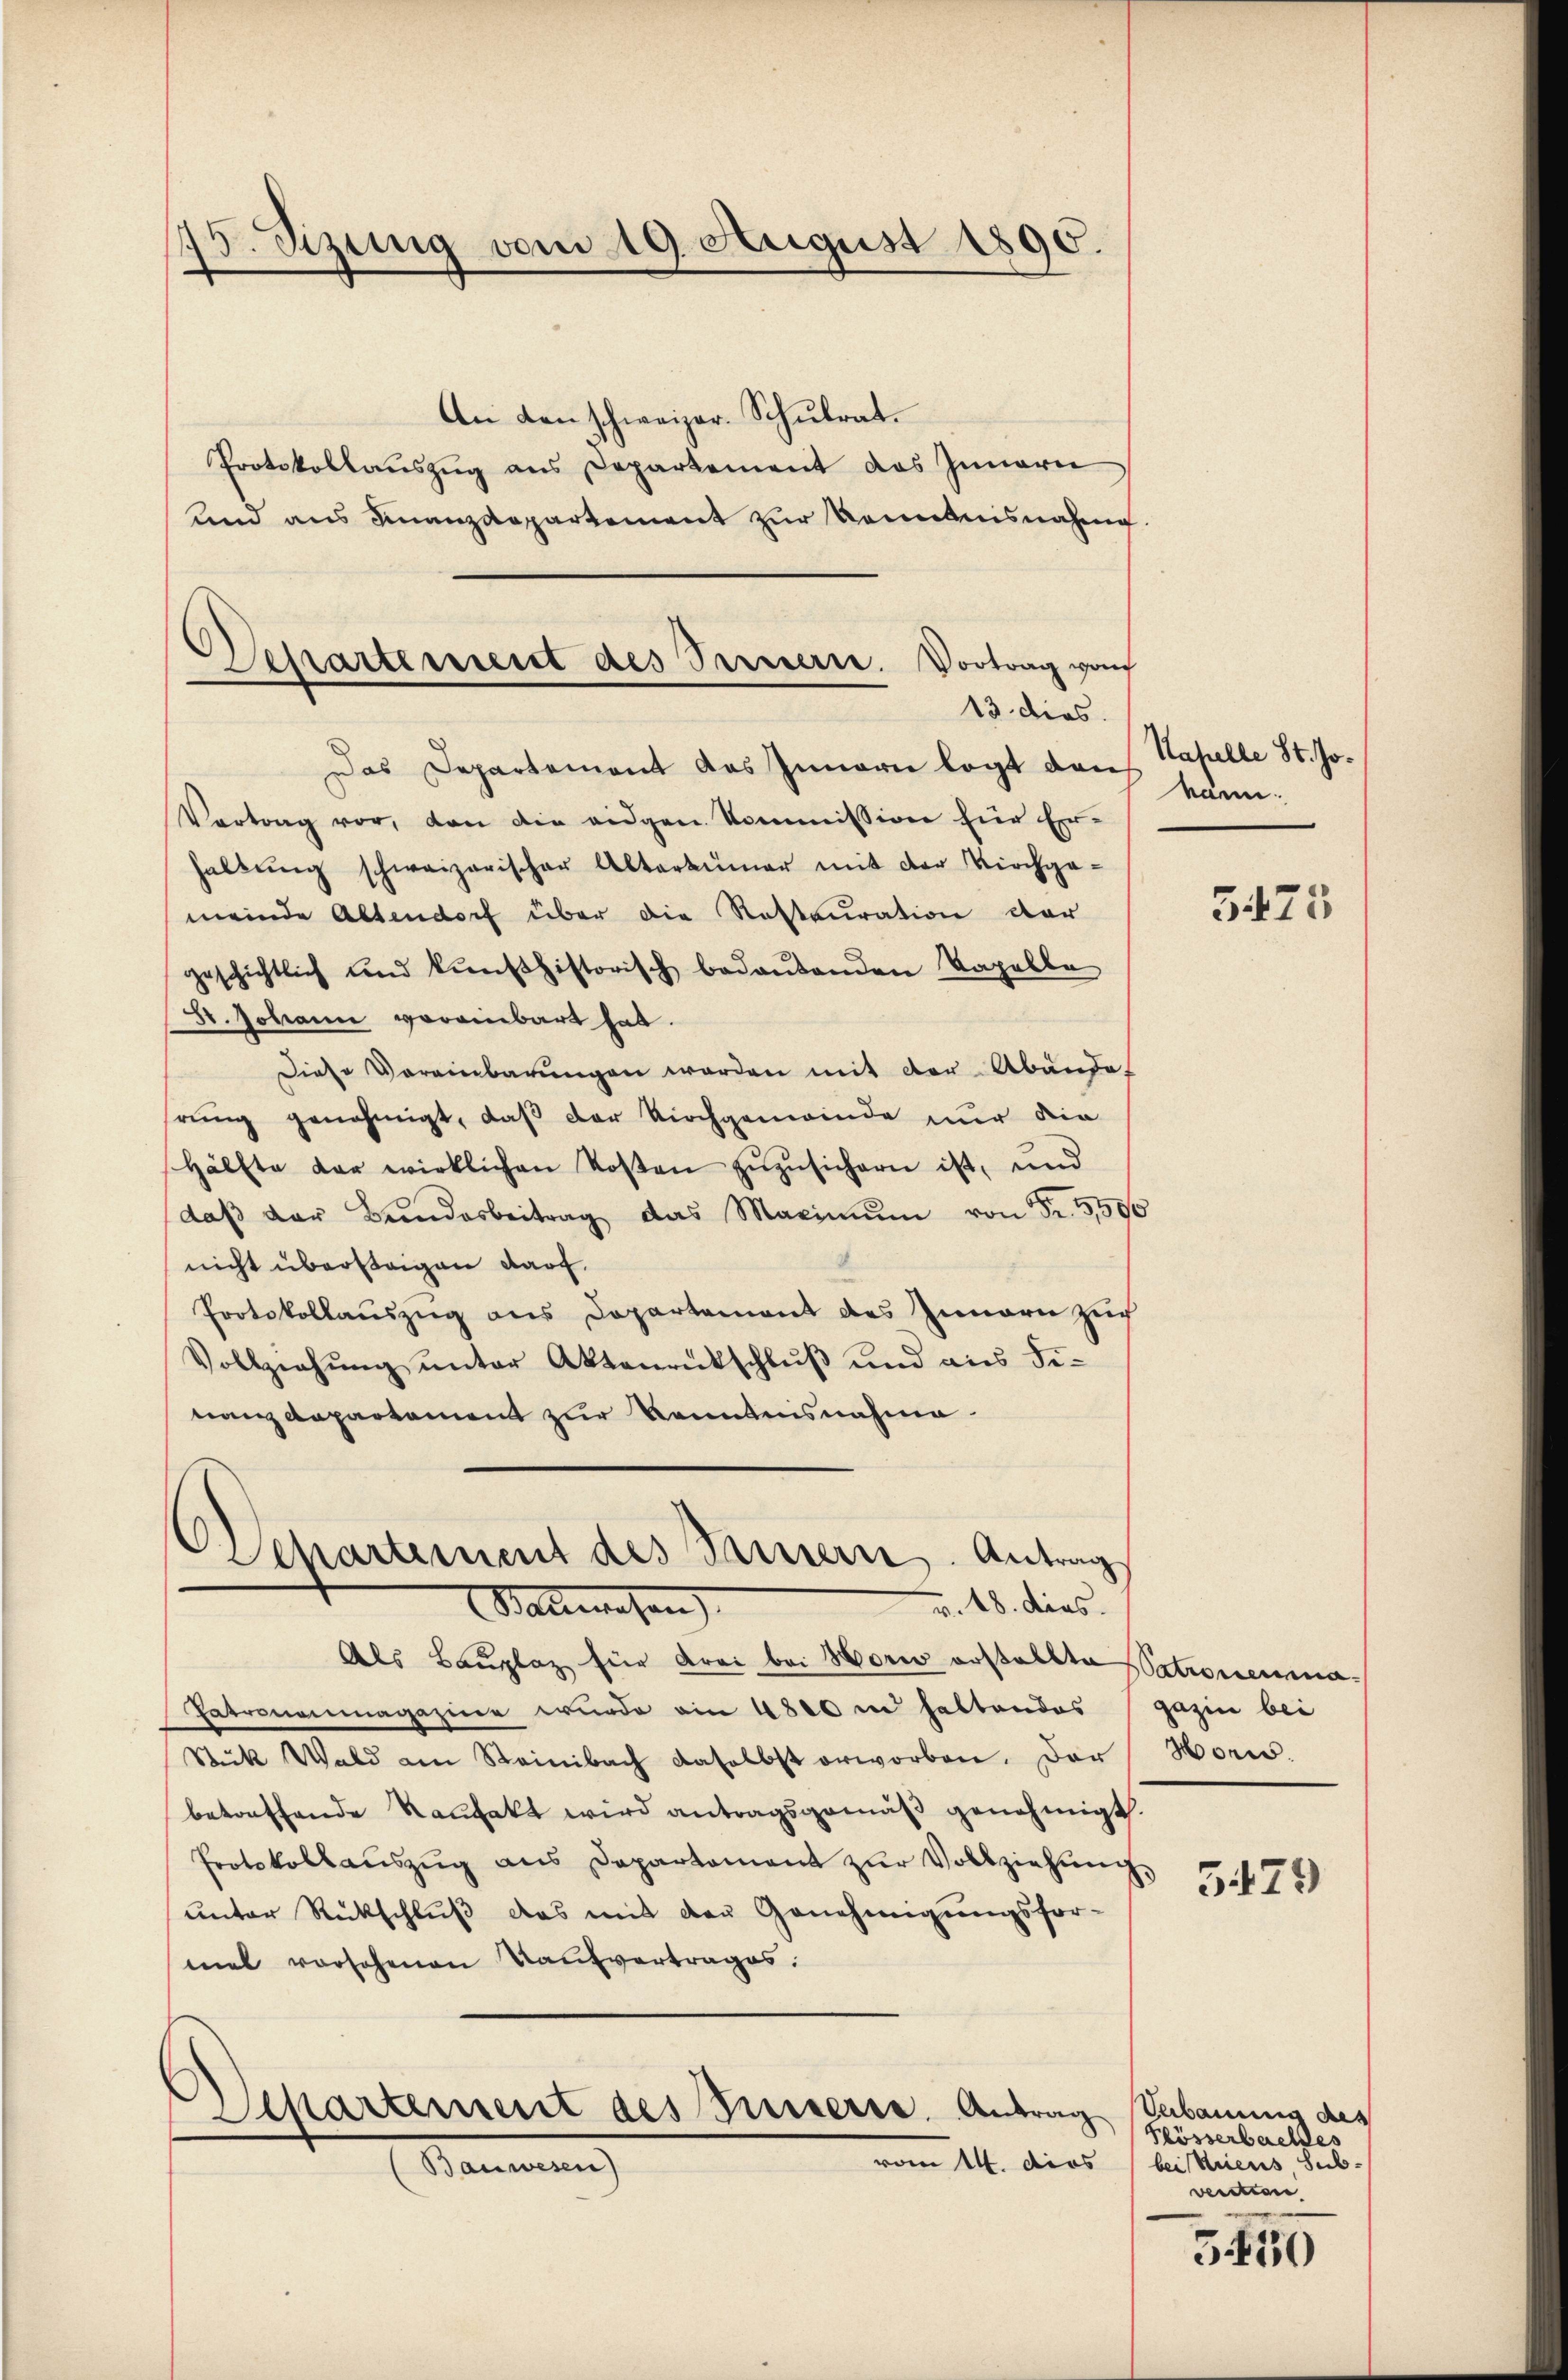
175. Sizung vom 19. August 1890.

An den schweizer. Schŭlrat.
Protokollauszug aus Departement das Innern
und aus Finanzdepartement zur Kenntnisnahme
Das Departement das Innerie legt dans Kapelle St. Jo¬
Vertrag vor, den die eigen Kommission für Er-
haltŭng schweizerischer Altertümer mit der Kirchge-
meinde Altendorf über die Restauration der
geschichtlich und künfthistorisch bedeŭtenden Kapelle
St. Johann voreinbart hat.
Diese Vereinbarungen worden mit der Abändet
rung genehmigt, daß der Kirchgemeinde nur die
Hälfte der wirklichen Kosten zŭzŭsichern ist, und
daβ der Bŭndesbeitrag das Maximŭm von Fr. 3590
nicht übersteigen darf.
Protokollauszug aus Departement des Innern Zuch
Vollziehŭng ŭnter Aktenrütschlŭβ und aus Fi-
nanzdepartement zur Kenntnisnahme
Departement des Tannern. Antrag
v. 18. dies.
Stallwesen
Als Bauplaz für Frei bei Horw erstellte Patronenma¬
Patronenmagaziner wurde an 4800 in haltendes
Stick Wald am Steinbach daselbst erworben. Der
betreffende Kaufakt wird antragsgemäβ genehmigt.
Protokollaŭszŭg ans Departament zŭr Vollziehŭng
unter Rückschluß das mit der Genehmigungsfor-
mal vorsehenen Kaŭfvertrages:
Departement des resserre. Antrag
vom 14. dies
Bauwesen)

Separtement des Bernerre. Vortrag von
13. dies

mann.

5475

gazin bei
Horw

579

Verbaums des
Flösserbaches
bei Kriens Sub-
vention

350